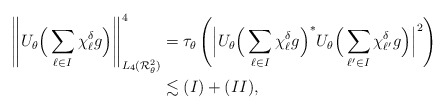
\begin{align*} \left\|U_\theta\Big(\sum_{\ell\in I}\chi_\ell^\delta g\Big)\right\|_{L_{4}(\mathcal{R}_\theta^2)}^{4} &=\tau_\theta\left(\Big|U_\theta\Big(\sum_{\ell\in I}\chi_\ell^\delta g\Big)^*U_\theta\Big(\sum_{\ell'\in I}\chi_{\ell'}^\delta g\Big)\Big|^{2}\right)\\ &\lesssim (I)+(II), \end{align*}